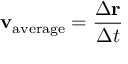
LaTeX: \mathbf { v } _ { \mathrm { a v e r a g e } } = { \frac { \Delta \mathbf { r } } { \Delta t } }